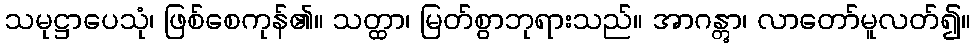
သမုဋ္ဌာပေသုံ၊ ဖြစ်စေကုန်၏။ သတ္ထာ၊ မြတ်စွာဘုရားသည်။ အာဂန္တွာ၊ လာတော်မူလတ်၍။